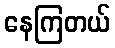
နေကြတယ်